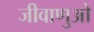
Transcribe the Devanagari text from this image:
जीवाणुओ